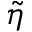
\tilde { \eta }